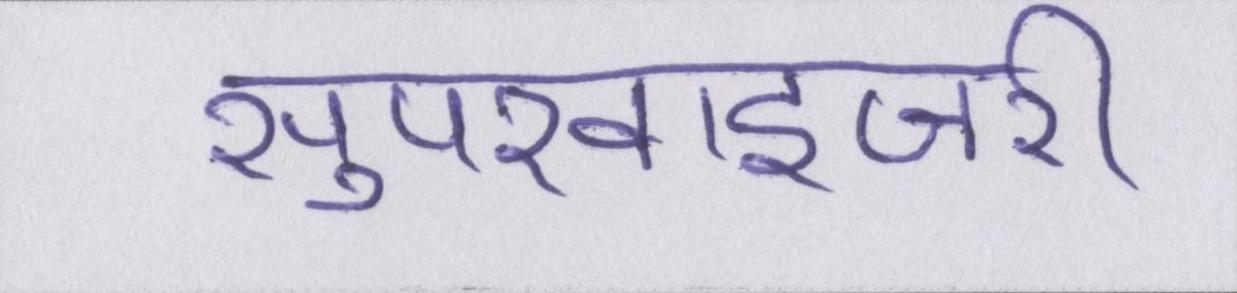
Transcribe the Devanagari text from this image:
सुपरवाइजरी